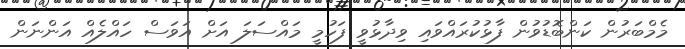
މެމްބަރުން ކަންބޮޑުވުން ފާޅުކުރައްވައި ވިދާޅުވީ ފަހުމީ މައްސަލަ އަށް އަވަސް ހައްލެއް އަންނަން